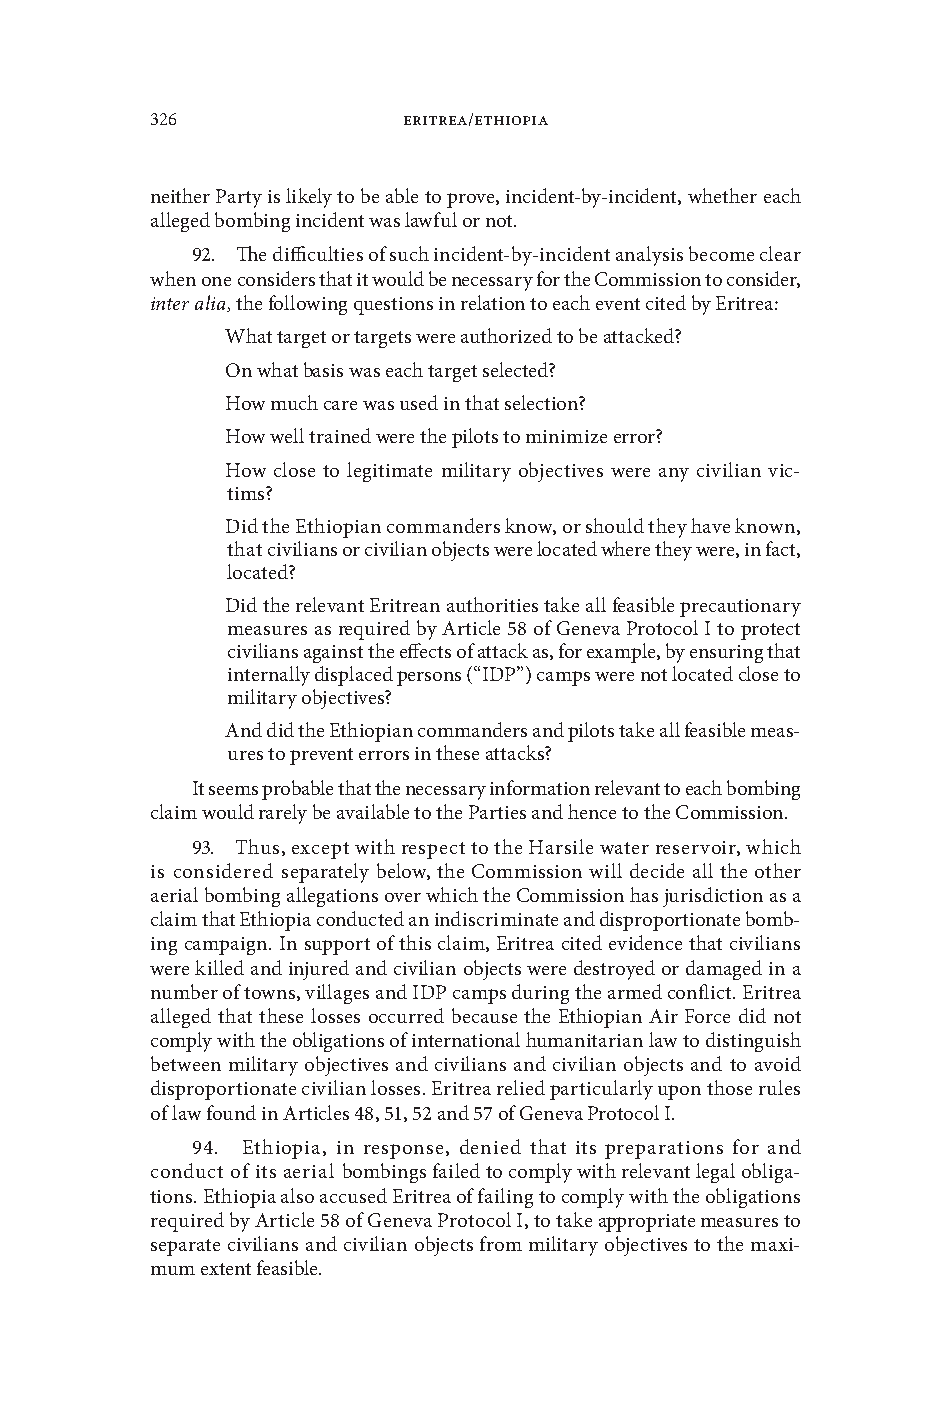
326              Eritrea/Ethiopia
 neither Party is likely to be able to proe, incident-by-incident, whether each
 alleged bombing incident was lawful or not .
 92 . The difficulties of such incident-by-incident analysis become clear
 when one considers that it would be necessary for the Commission to consider,
 inter alia, the following questions in relation to each eent cited by Eritrea:
 What target or targets were authorized to be attacked?
 On what basis was each target selected?
 How much care was used in that selection?
 How well trained were the pilots to minimize error?
 How close to legitimate military objecties were any ciilian ic-
 tims?
 Did the Ethiopian commanders know, or should they hae known,
 that ciilians or ciilian objects were located where they were, in fact,
 located?
 Did the releant Eritrean authorities take all feasible precautionary
 measures as required by Article 58 of Genea Protocol I to protect
 ciilians against the effects of attack as, for example, by ensuring that
 internally displaced persons (“IDP”) camps were not located close to
 military objecties?
 And did the Ethiopian commanders and pilots take all feasible meas-
 ures to preent errors in these attacks?
 It seems probable that the necessary information releant to each bombing
 claim would rarely be aailable to the Parties and hence to the Commission .
 93 . Thus, except with respect to the Harsile water reseroir, which
 is considered separately below, the Commission will decide all the other
 aerial bombing allegations oer which the Commission has jurisdiction as a
 claim that Ethiopia conducted an indiscriminate and disproportionate bomb-
 ing campaign . In support of this claim, Eritrea cited eidence that ciilians
 were killed and injured and ciilian objects were destroyed or damaged in a
 number of towns, illages and IDP camps during the armed conflict . Eritrea
 alleged that these losses occurred because the Ethiopian Air Force did not
 comply with the obligations of international humanitarian law to distinguish
 between military objecties and ciilians and ciilian objects and to aoid
 disproportionate ciilian losses . Eritrea relied particularly upon those rules
 of law found in Articles 48, 51, 52 and 57 of Genea Protocol I .
 94 . Ethiopia, in response, denied that its preparations for and
 conduct of its aerial bombings failed to comply with releant legal obliga-
 tions . Ethiopia also accused Eritrea of failing to comply with the obligations
 required by Article 58 of Genea Protocol I, to take appropriate measures to
 separate ciilians and ciilian objects from military objecties to the maxi-
 mum extent feasible .